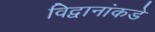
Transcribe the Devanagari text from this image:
विद्वानांकडे